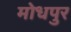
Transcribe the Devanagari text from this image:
मोधपुर